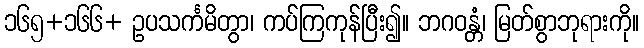
၁၆၅+၁၆၆+ ဥပသင်္ကမိတွာ၊ ကပ်ကြကုန်ပြီး၍။ ဘဂဝန္တံ၊ မြတ်စွာဘုရားကို။